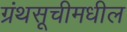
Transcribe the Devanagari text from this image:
ग्रंथसूचीमधील